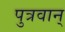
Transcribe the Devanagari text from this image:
पुत्रवान्